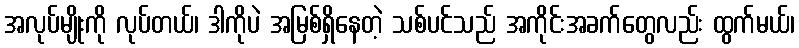
အလုပ်မျိုးကို လုပ်တယ်၊ ဒါကိုပဲ အမြစ်ရှိနေတဲ့ သစ်ပင်သည် အကိုင်းအခက်တွေလည်း ထွက်မယ်၊